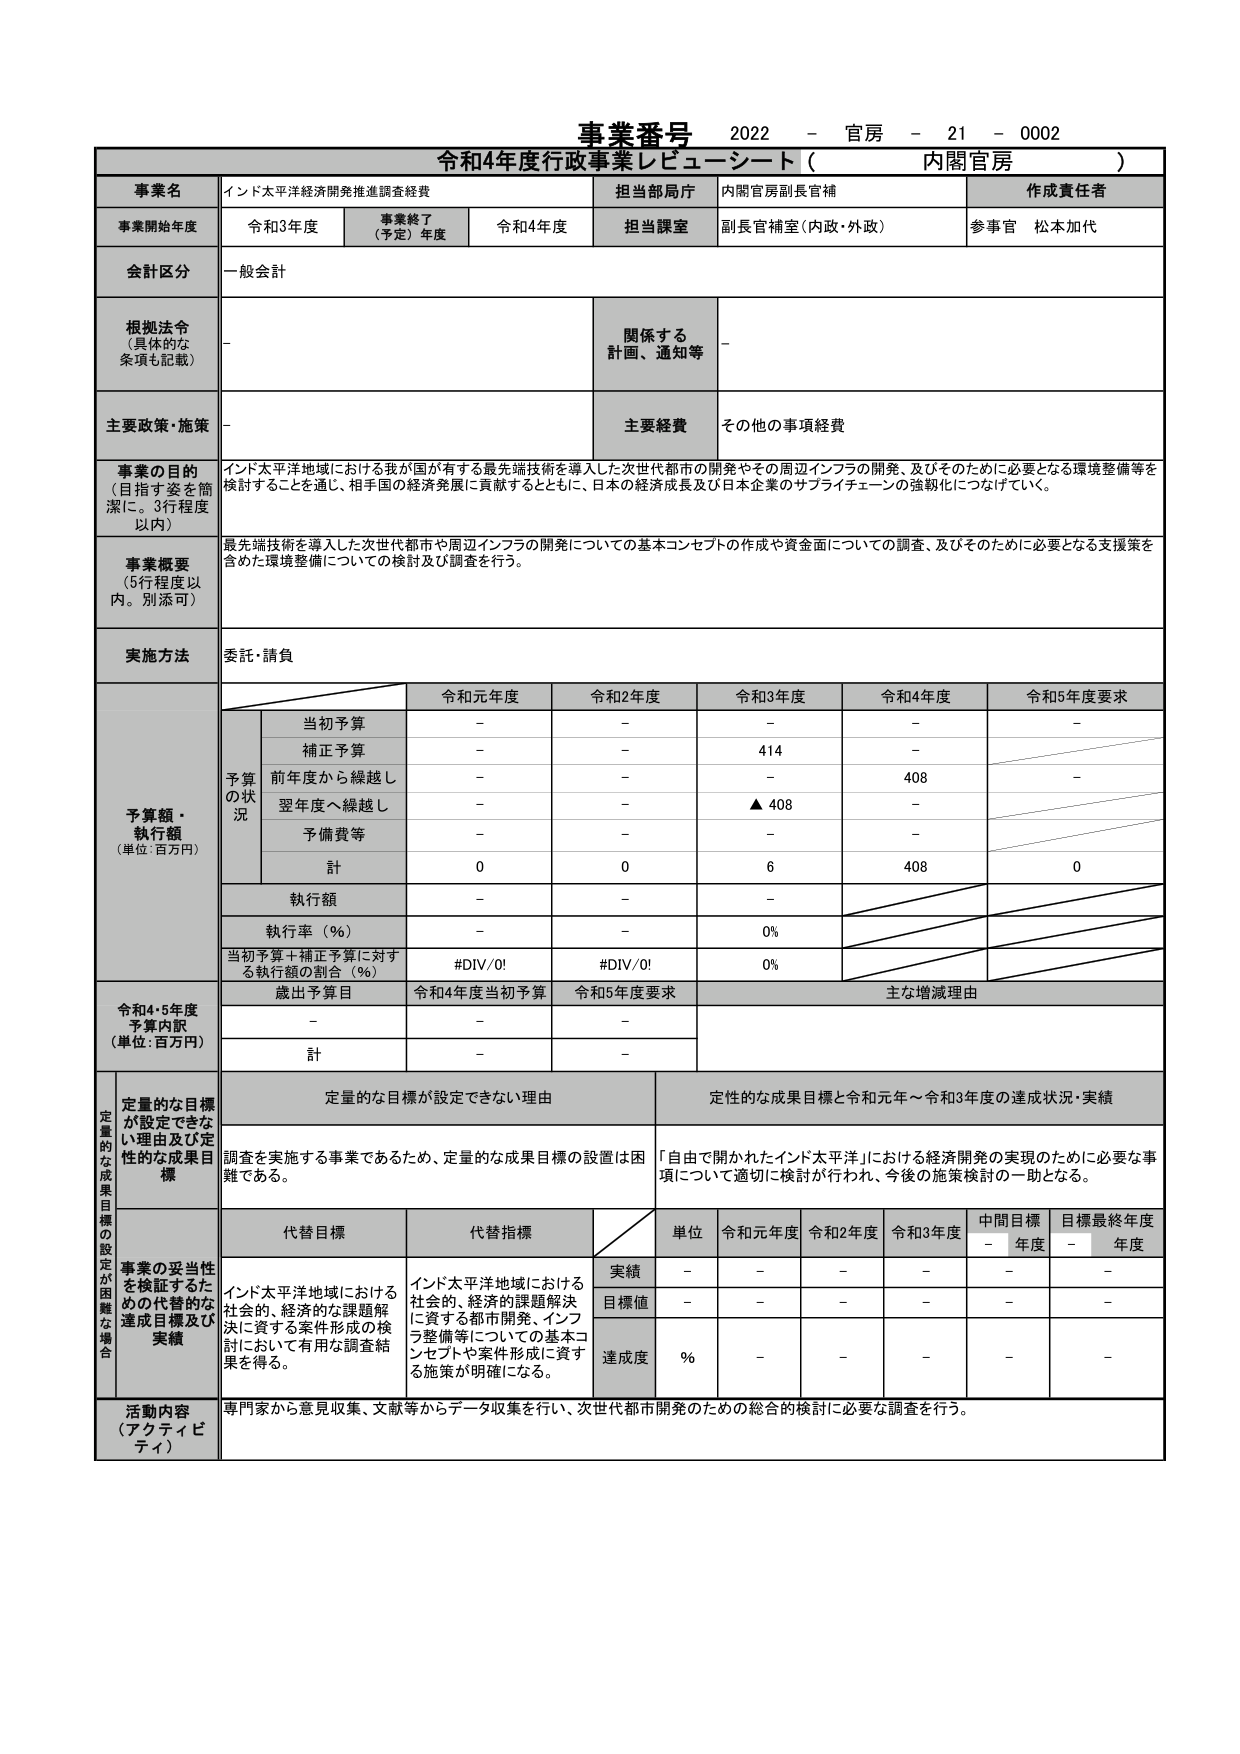
事業番号 2022 - 官房 - 21 - 0002
令和4年度行政事業レビュー シート（ 内閣官房 ）

事業名 インド太平洋経済開発推進調査経費
担当部局庁 内閣官房副長官補
作成責任者

事業開始年度 令和3年度 事業終了（予定）年度 令和4年度 担当課室 副長官補室（内政・外政） 参事官 松本加代

会計区分 一般会計

根拠法令（具体的な条項も記載） - 関係する計画、通知等 -

主要政策・施策 - 主要経費 その他の事項経費

事業の目的（目指す姿を簡潔に。3行程度以内） インド太平洋地域における我が国が有する最先端技術を導入した次世代都市の開発やその周辺インフラの開発、及びそのために必要となる環境整備等を検討することを通じ、相手国の経済発展に貢献するとともに、日本の経済成長及び日本企業のサプライチェーンの強靭化につなげていく。

事業概要（5行程度以内。別添可） 最先端技術を導入した次世代都市や周辺インフラの開発についての基本コンセプトの作成や資金面についての調査、及びそのために必要となる支援策を含めた環境整備についての検討及び調査を行う。

実施方法 委託・請負

予算額・執行額（単位：百万円）
令和元年度 令和2年度 令和3年度 令和4年度 令和5年度要求
予算の状況
当初予算 - - - - -
補正予算 - - 414 -
前年度から繰越し - - - 408 -
翌年度へ繰越し - - ▲408 -
予備費等 - - - -
計 0 0 6 408 0
執行額 - - -
執行率（％） - - 0%
当初予算＋補正予算に対する執行額の割合（％） #DIV/0! #DIV/0! 0%

令和4・5年度予算内訳（単位：百万円）
歳出予算目 令和4年度当初予算 令和5年度要求 主な増減理由
- - -
計 - -

定量的な目標が設定できない理由及び定性的な成果目標 調査を実施する事業であるため、定量的な成果目標の設置は困難である。
定性的な成果目標と令和元年～令和3年度の達成状況・実績 「自由で開かれたインド太平洋」における経済開発の実現のために必要な事項について適切に検討が行われ、今後の施策検討の一助となる。

代替目標 代替指標 単位 令和元年度 令和2年度 令和3年度 中間目標年度 目標最終年度年度
事業の妥当性を検証するための代替的な達成目標及び実績
インド太平洋地域における社会的、経済的な課題解決に資する都市開発、インフラ整備等についての基本コンセプトや案件形成に資する施策が明確になる。
実績 - - - - -
目標値 - - - - -
達成度 % - - - - -

活動内容（アクティビティ） 専門家から意見収集、文献等からデータ収集を行い、次世代都市開発のための総合的検討に必要な調査を行う。